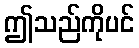
ဤသည်ကိုပင်